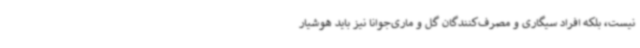
نیست، بلکه افراد سیگاری و مصرف‌کنندگان گل و ماری‌جوانا نیز باید هوشیار